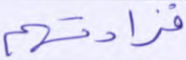
فزادتهم